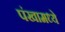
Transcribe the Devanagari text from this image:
पंखामध्ये